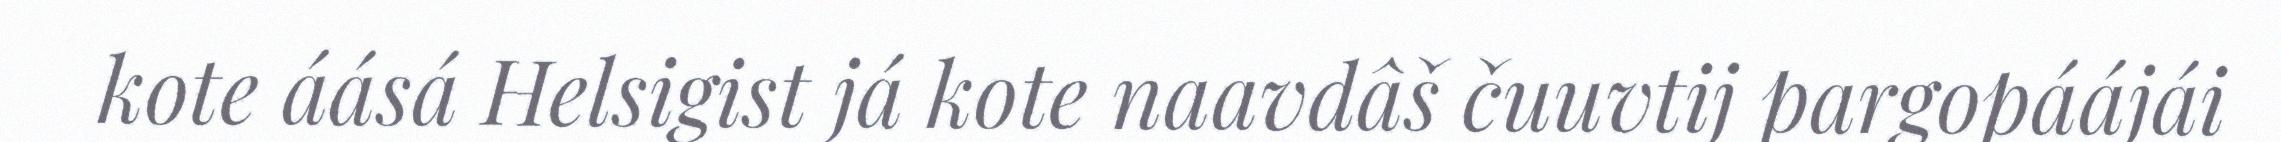
kote áásá Helsigist já kote naavdâš čuuvtij pargopáájái